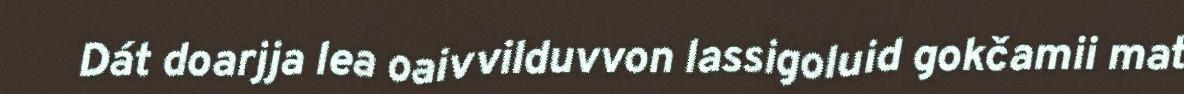
Dát doarjja lea oaivvilduvvon lassigoluid gokčamii mat